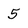
Character: 5